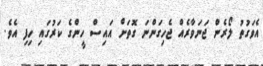
އެވަގުތު ލޯރެން ޖަނަވާރެއް ޖެހިގަންނަ ގޮތަށް އައިސް ހީންގެ ކަރުގައި ހިފި އެވެ.